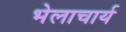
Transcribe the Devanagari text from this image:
भेलाचार्य